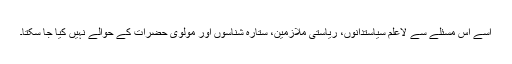
اسے اس مسئلے سے لاعلم سیاستدانوں، ریاستی ملازمین، ستارہ شناسوں اور مولوی حضرات کے حوالے نہیں کیا جا سکتا۔